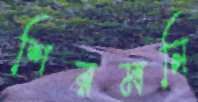
শিরমনি